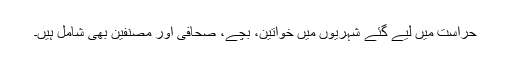
حراست میں لیے گئے شہریوں میں خواتین، بچے، صحافی اور مصنفین بھی شامل ہیں۔